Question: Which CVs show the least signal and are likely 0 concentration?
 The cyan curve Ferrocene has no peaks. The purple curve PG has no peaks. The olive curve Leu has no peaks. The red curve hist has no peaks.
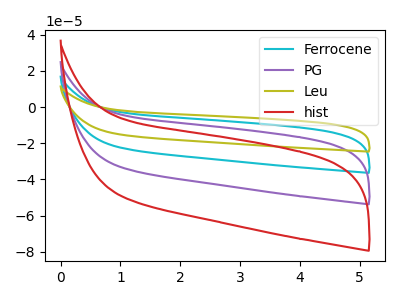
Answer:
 <answer>"Ferrocene", "PG", "Leu" and "hist" are likely to be blanks.</answer>
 <eval>"Ferrocene", "PG", "Leu", "hist"</eval>